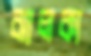
ঝালকা